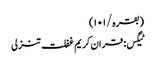
(بقرہ/١٠١)
ٹیگس: قران کریم غفلت تنزلی